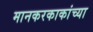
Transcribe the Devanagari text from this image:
मानकरकाकांच्या